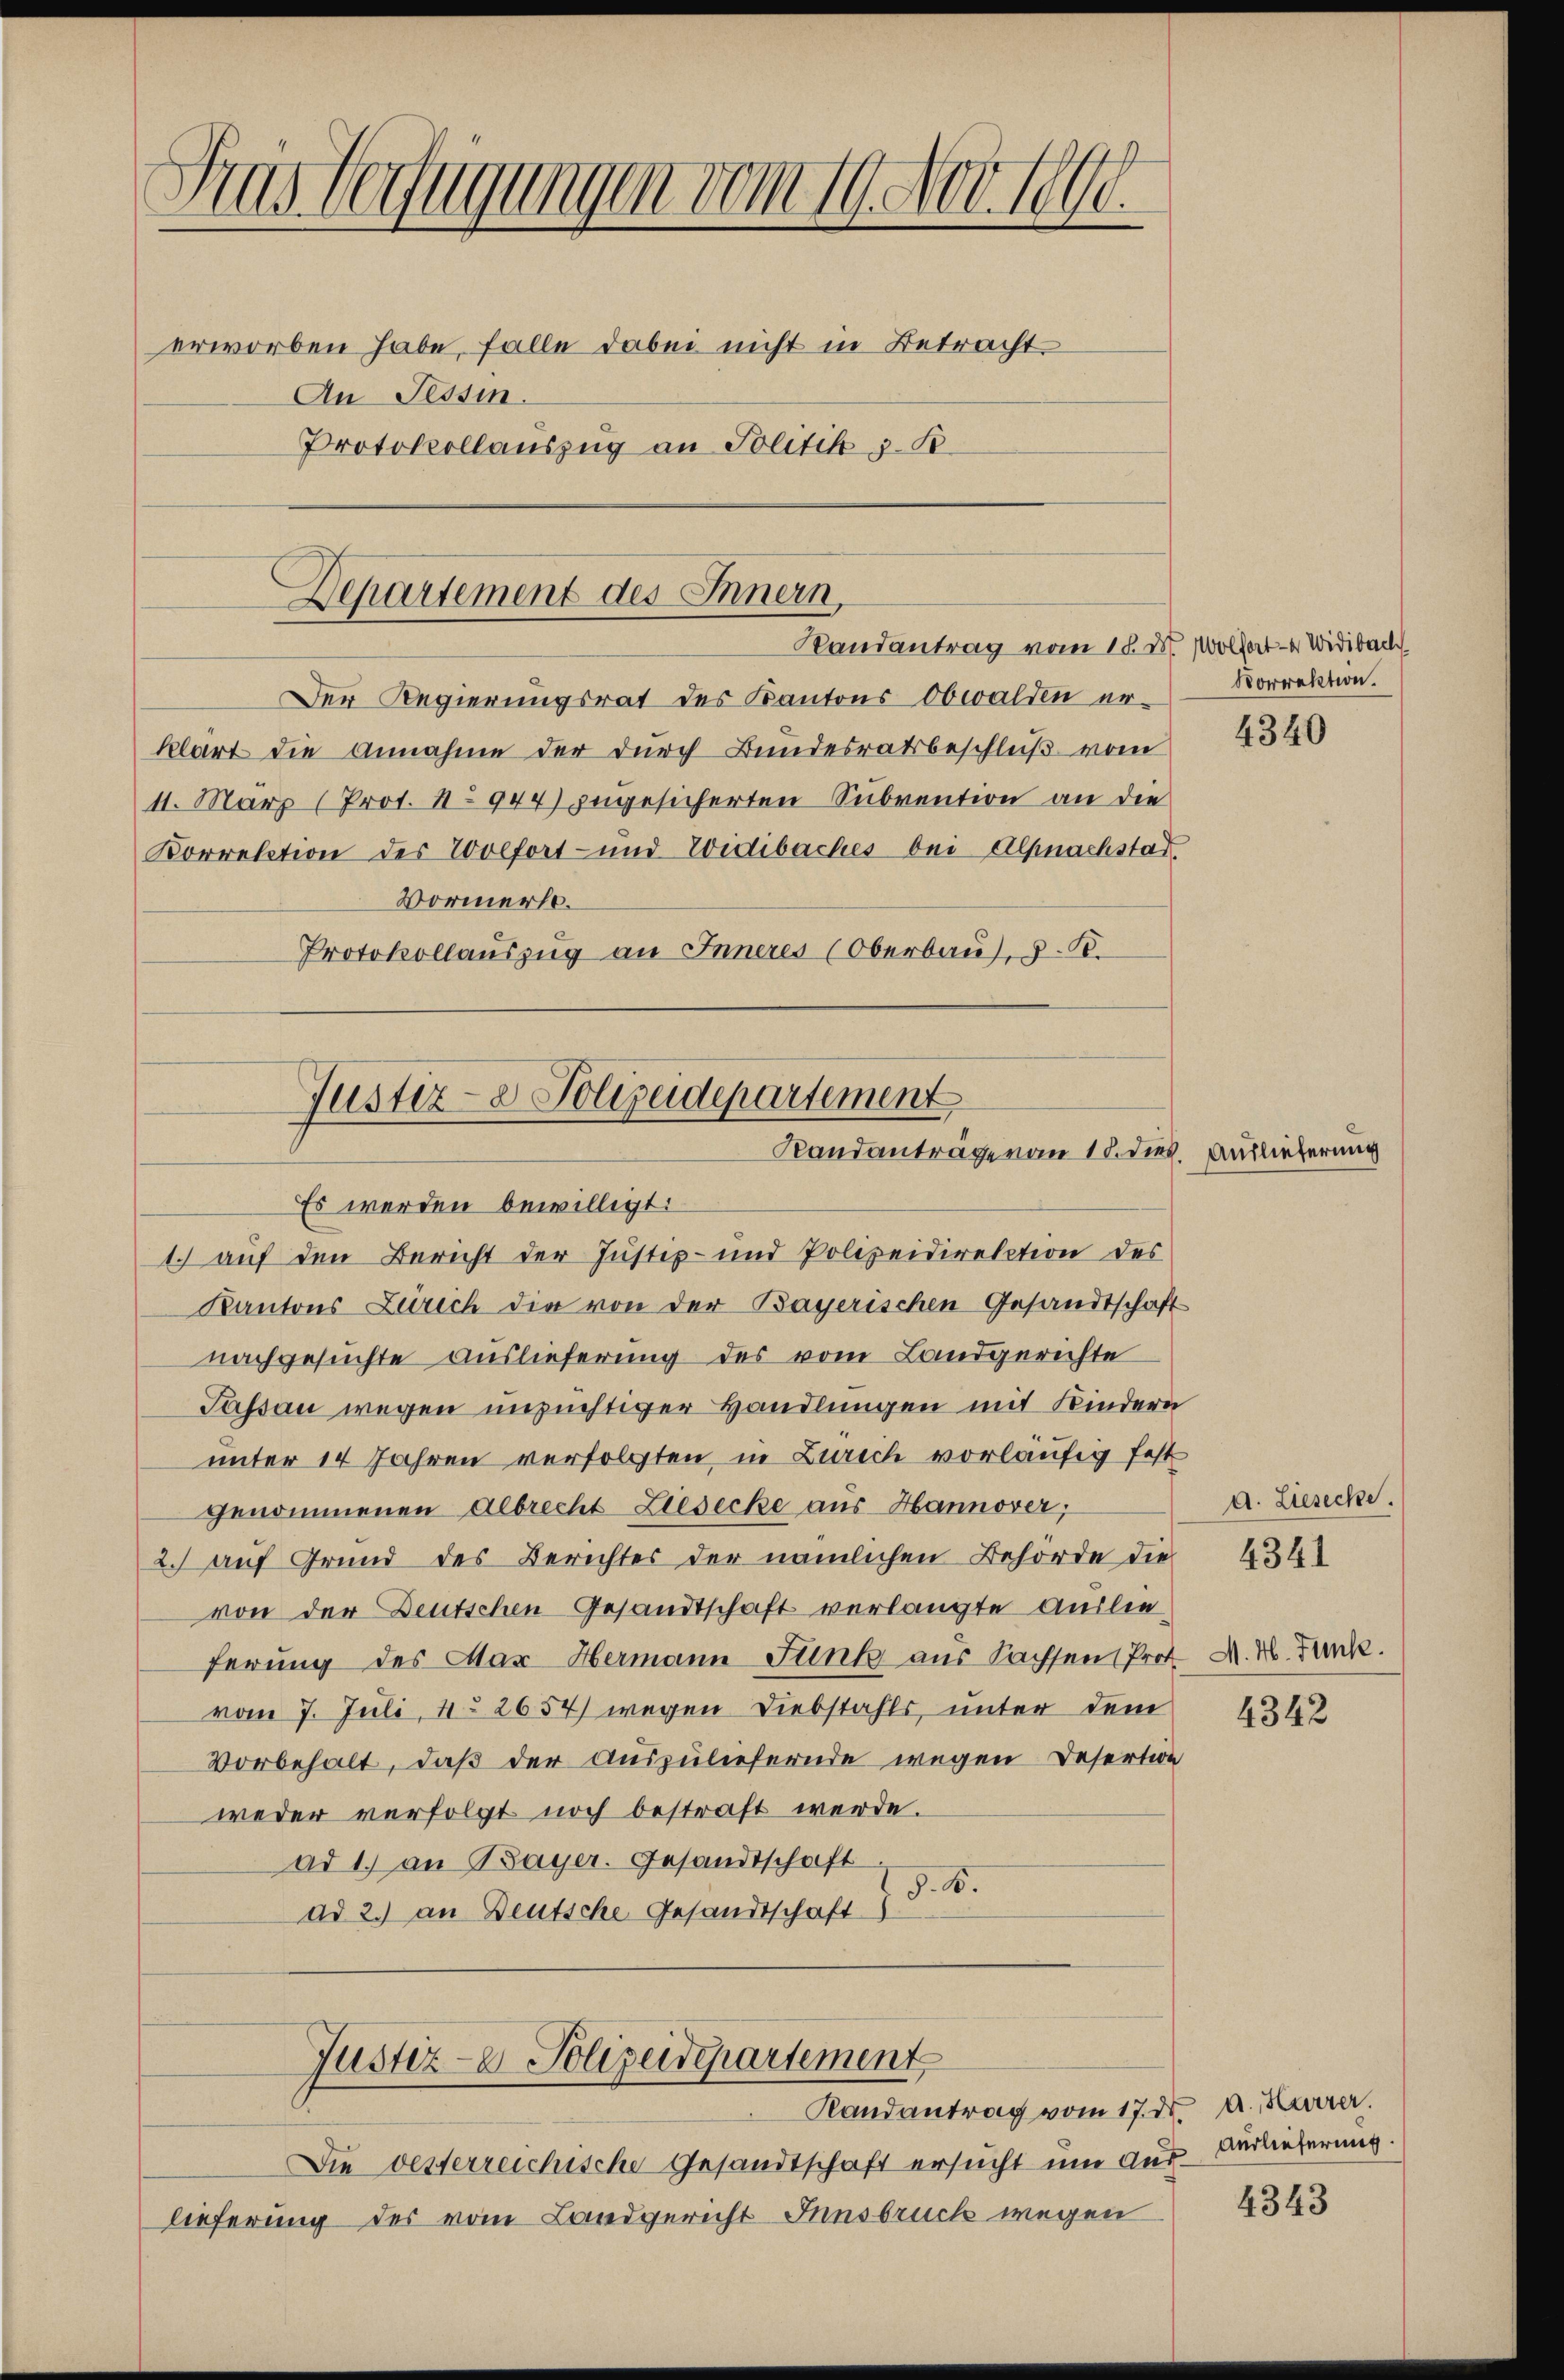
Sins Verfügungen vom 19. Nov. 1890.
erworben habe, falle dabei nicht in Betracht
An Tessin.
Protokollauszug an Politik z. B.

Departement des Innern,
Randantrag vom 15. ds. Wolhat — er Widibach

Der Regierungsrat des Kantons Obwalden erklärt die Annahme der durch Bundesratsbeschluß vom
11. März (Prot. No 944) zugesicherten Subvention an die
Korrektion des Wolfort- und Widibaches bei Alpnachstad
Vormerkt.
Protokollauszug an Inneres (Oberbau, d. B.

Justiz- & Polizeidepartement
Randanträge vom 18. dies

Es werden bewilligt.
1.) auf den Bericht der Justiz- und Polizeidirektion des
Kantons Zürich die von der Bayerischen Gesandtschaft
nachgesuchte Auslieferung des vom Landgerichte
Passau wegen unzüchtiger Handlungen mit Kindere
unter 14 Jahren verfolgten, in Zürich vorläufig fest
genommenen Albrecht Liesecke aus Hannover;
2.) auf Grund des Berichtes der nämlichen Behörde die
von der Deutschen Gesandtschaft verlangte Auslie
ferung des Max Hermann Funk aus Sachsen (Prot.
vom 7. Juli, 4 2654) wegen Diebstahls, unter dem
vorbehalt, daß der Auszuliefernde wegen Desertion
weder verfolgt noch bestraft werde.
ad 1. an Bayer. Gesandtschaft
§.8.
ad 2.) an Deutsche Gesandtschaft
Justiz- & Polizeidepartement
Randantrag vom 17. ds. a. Karrer.
Die vesterreichische Gesandtschaft ersucht um aus Verlieferung.
lieferung des vom Landgericht Innsbruck wegen

Korrektion.

e

4340

Auslieferung

a. Liesecke.
4341

M. H. Funk

4342

4343